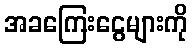
အခကြေးငွေများကို